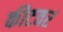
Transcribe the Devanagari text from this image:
कीटवर